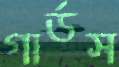
গার্ডস